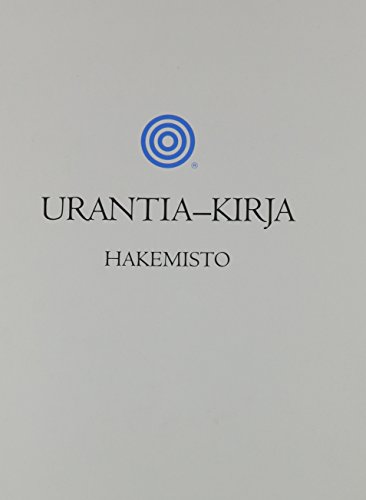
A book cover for Urantia-Kirja Hakemisto (Finnish Edition); Religion & Spirituality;